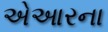
એઆરના